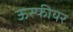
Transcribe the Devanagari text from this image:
ऊस्फीयर